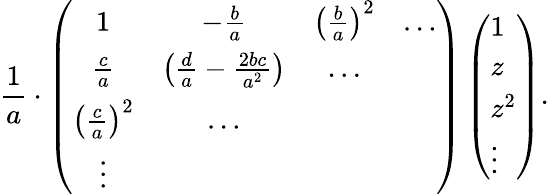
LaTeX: {\frac{1}{a}}\cdot\left(\begin{array}{cccc}{{1}}&{{-{\frac{b}{a}}}}&{{\left({\frac{b}{a}}\right)^{2}}}&{{\dots}}\\ {{{\frac{c}{a}}}}&{{\left({\frac{d}{a}}-{\frac{2bc}{a^{2}}}\right)}}&{{\dots}}&{{}}\\ {{\left({\frac{c}{a}}\right)^{2}}}&{{\dots}}&{{}}&{{}}\\ {{\vdots}}&{{}}&{{}}&{{}}\end{array}\right)\left(\begin{array}{l}{{1}}\\ {{z}}\\ {{{z}^{2}}}\\ {{\vdots}}\end{array}\right).